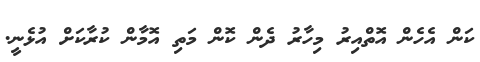
ކަން އެހެން އޮތްއިރު މިހާރު ދެން ކޮން މަތި އޮމާން ކުރާކަށް އުޅެނީ.